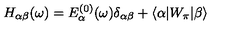
H _ { \alpha \beta } ( \omega ) = E _ { \alpha } ^ { ( 0 ) } ( \omega ) \delta _ { \alpha \beta } + \langle \alpha | W _ { \pi } | \beta \rangle